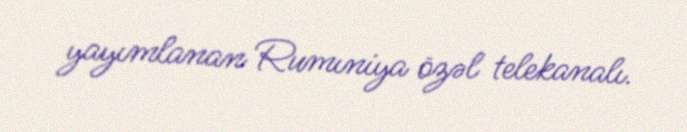
yayımlanan Rumıniya özəl telekanalı.